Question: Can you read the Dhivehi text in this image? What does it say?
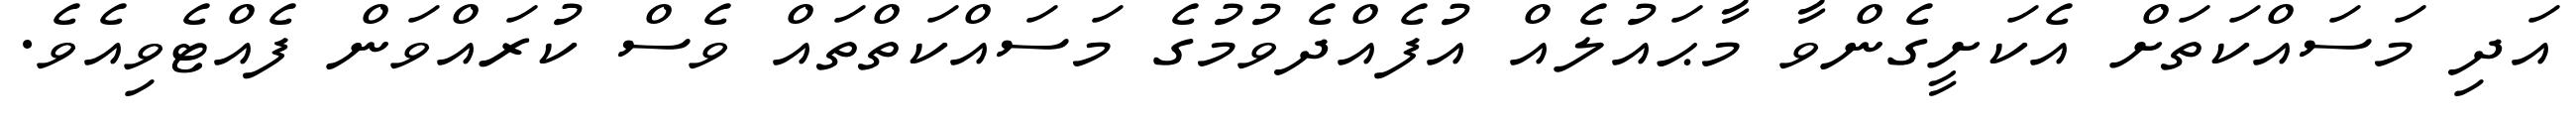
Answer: އަދި މަސައްކަތަށް އެކަށީގެންވާ މާޙައުލެއް އުފެއްދެވުމުގެ މަސައްކަތްތައް ވެސް ކުރައްވަން ފެއްޓެވިއެވެ.